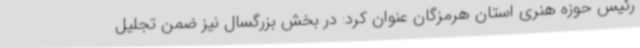
رئیس حوزه هنری استان هرمزگان عنوان کرد: در بخش بزرگسال نیز ضمن تجلیل